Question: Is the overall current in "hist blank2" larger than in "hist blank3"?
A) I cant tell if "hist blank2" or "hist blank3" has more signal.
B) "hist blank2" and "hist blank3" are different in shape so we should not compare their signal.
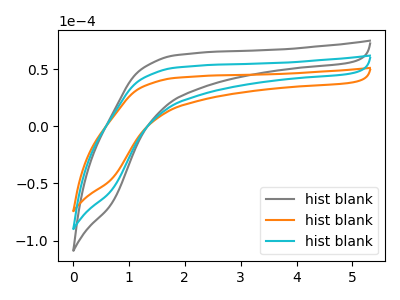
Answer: <think>The gray curve "hist blank1" has no peaks. The orange curve "hist blank2" has no peaks. The cyan curve "hist blank3" has no peaks.
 Neither "hist blank2" or "hist blank3" have any peaks.</think>
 <answer>A) I cant tell if "hist blank2" or "hist blank3" has more signal.</answer>
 <eval>A</eval>